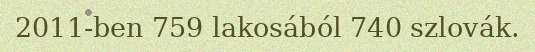
2011-ben 759 lakosából 740 szlovák.